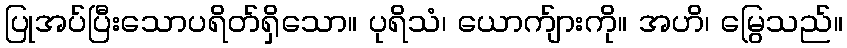
ပြုအပ်ပြီးသောပရိတ်ရှိသော။ ပုရိသံ၊ ယောက်ျားကို။ အဟိ၊ မြွေသည်။